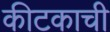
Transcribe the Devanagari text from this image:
कीटकाची